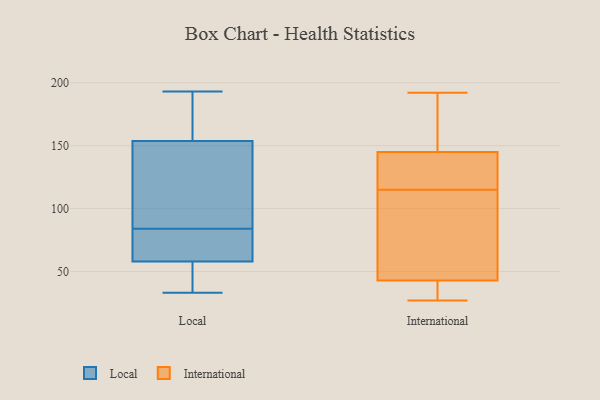
{"axis": {"x": "Latency (ms)", "y": "Value"}, "legend": ["International", "Local"], "data": [{"x": "", "y": 187, "type": "Local"}, {"x": "", "y": 58, "type": "Local"}, {"x": "", "y": 62, "type": "Local"}, {"x": "", "y": 131, "type": "Local"}, {"x": "", "y": 44, "type": "Local"}, {"x": "", "y": 110, "type": "Local"}, {"x": "", "y": 160, "type": "Local"}, {"x": "", "y": 35, "type": "Local"}, {"x": "", "y": 94, "type": "Local"}, {"x": "", "y": 193, "type": "Local"}, {"x": "", "y": 84, "type": "Local"}, {"x": "", "y": 135, "type": "Local"}, {"x": "", "y": 43, "type": "Local"}, {"x": "", "y": 176, "type": "Local"}, {"x": "", "y": 33, "type": "Local"}, {"x": "", "y": 59, "type": "Local"}, {"x": "", "y": 58, "type": "Local"}, {"x": "", "y": 76, "type": "Local"}, {"x": "", "y": 192, "type": "Local"}, {"x": "", "y": 48, "type": "International"}, {"x": "", "y": 115, "type": "International"}, {"x": "", "y": 139, "type": "International"}, {"x": "", "y": 192, "type": "International"}, {"x": "", "y": 133, "type": "International"}, {"x": "", "y": 167, "type": "International"}, {"x": "", "y": 41, "type": "International"}, {"x": "", "y": 38, "type": "International"}, {"x": "", "y": 30, "type": "International"}, {"x": "", "y": 27, "type": "International"}, {"x": "", "y": 111, "type": "International"}, {"x": "", "y": 48, "type": "International"}, {"x": "", "y": 134, "type": "International"}, {"x": "", "y": 175, "type": "International"}, {"x": "", "y": 147, "type": "International"}]}